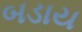
બડાય